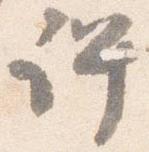
許